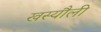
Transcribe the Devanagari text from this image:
खस्यौली